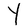
Character: Y